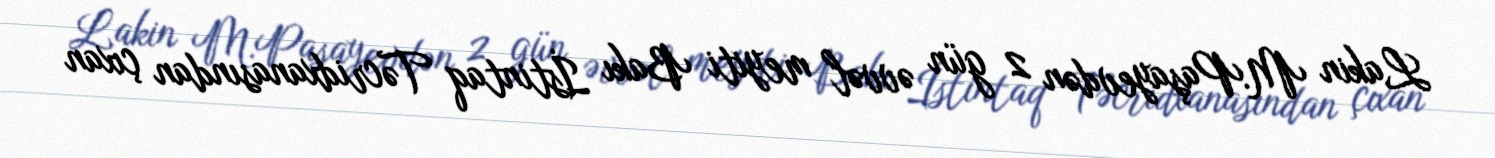
Lakin M.Paşayevdən 2 gün əvvəl meyiti Bakı İstintaq Təcridxanasından çıxan